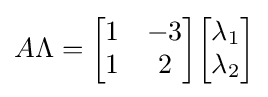
A\Lambda ={\begin{bmatrix}1&-3\\1&2\end{bmatrix}}{\begin{bmatrix}\lambda _{1}\\\lambda _{2}\end{bmatrix}}